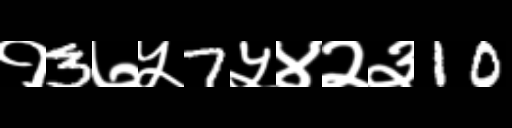
Text: १3७५7५४२३10